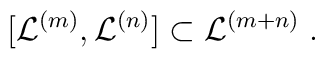
[{\mathcal L}^{(m)}, {\mathcal L}^{(n)}] \subset  {\mathcal L}^{(m+n)} \; .